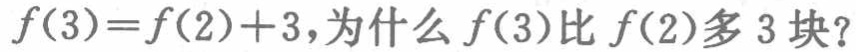
\(f(3)=f(2)+3，为什么f(3)比f(2)多3块？\)